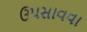
ઉપસાવવા